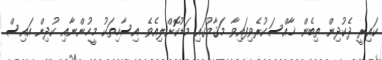
ކައިރީ ދެކުދިން ތިބެން ޚާއްސަކުރެވިފައިވާ މަޤާމުގައި މަޑުކޮށްލިއެވެ. އިސާހިތަކު މީހުންނާއި ކުދިން އައިސް